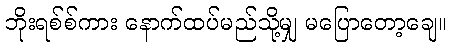
ဘိုးရစ်စ်ကား နောက်ထပ်မည်သို့မျှ မပြောတော့ချေ။